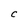
Character: C